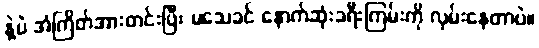
နဲ့ပဲ အံကြိတ်အားတင်းပြီး မသေခင် နောက်ဆုံးခရီးကြမ်းကို လှမ်းနေတာပဲ။